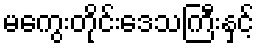
မကွေးတိုင်းဒေသကြီးနှင့်